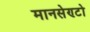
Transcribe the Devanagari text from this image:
मानसेण्टो